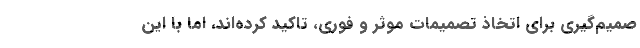
صمیم‌گیری برای اتخاذ تصمیمات موثر و فوری، تاکید کرده‌اند، اما با این